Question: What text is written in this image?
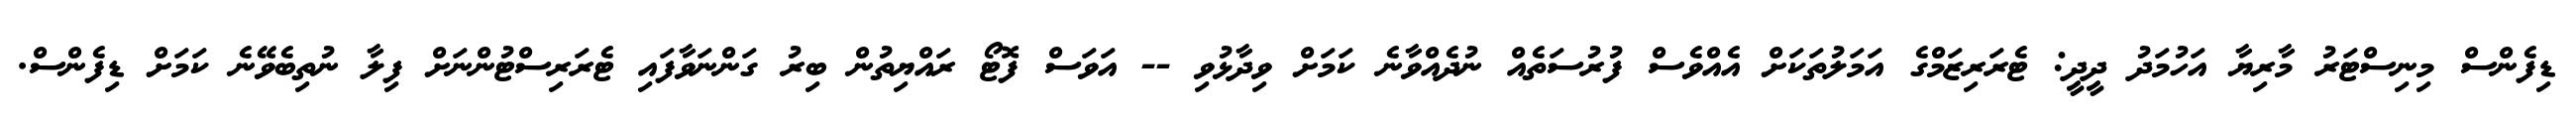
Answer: ޑިފެންސް މިނިސްޓަރު މާރިޔާ އަހުމަދު ދީދީ: ޓެރަރިޒަމްގެ އަމަލުތަކަށް އެއްވެސް ފުރުސަތެއް ނުދެއްވާނެ ކަމަށް ވިދާޅުވި -- އަވަސް ފޮޓޯ ރައްޔިތުން ބިރު ގަންނަވާފައި ޓެރަރިސްޓުންނަށް ފިލާ ނުތިބެވޭނެ ކަމަށް ޑިފެންސް.